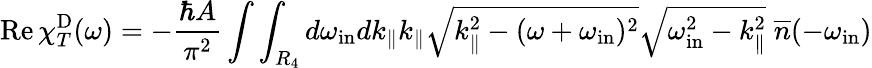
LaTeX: \mathrm{Re}\, \chi_{T}^{\mathrm{D}}(\omega)=-\frac{\hbar A}{\pi^{2}}\int\int_{R_{4}}d\omega_{\mathrm{in}}dk_{\| }k_{\| }\sqrt{k_{\| }^{2}-(\omega+\omega_{\mathrm{in}})^{2}}\sqrt{\omega_{\mathrm{in}}^{2}-k_{\| }^{2}}\; {\overline{{n}}}(-\omega_{\mathrm{in}})